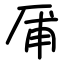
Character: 㕊